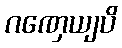
ဂဏှေယျပိ